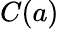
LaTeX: C(a)